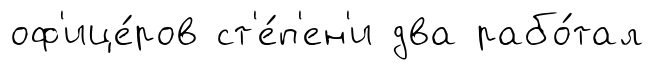
оф'ице́ров ст'е́п'ен'и два рабо́тал